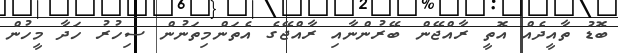
ބޮޑު ތާއީދެއް އޮތީ ރާއްޖޭން ބޭރުންނާއި ރާއްޖޭގެ އެތަންމިތަނުން ސިހުރު ހަދާ މީހުން